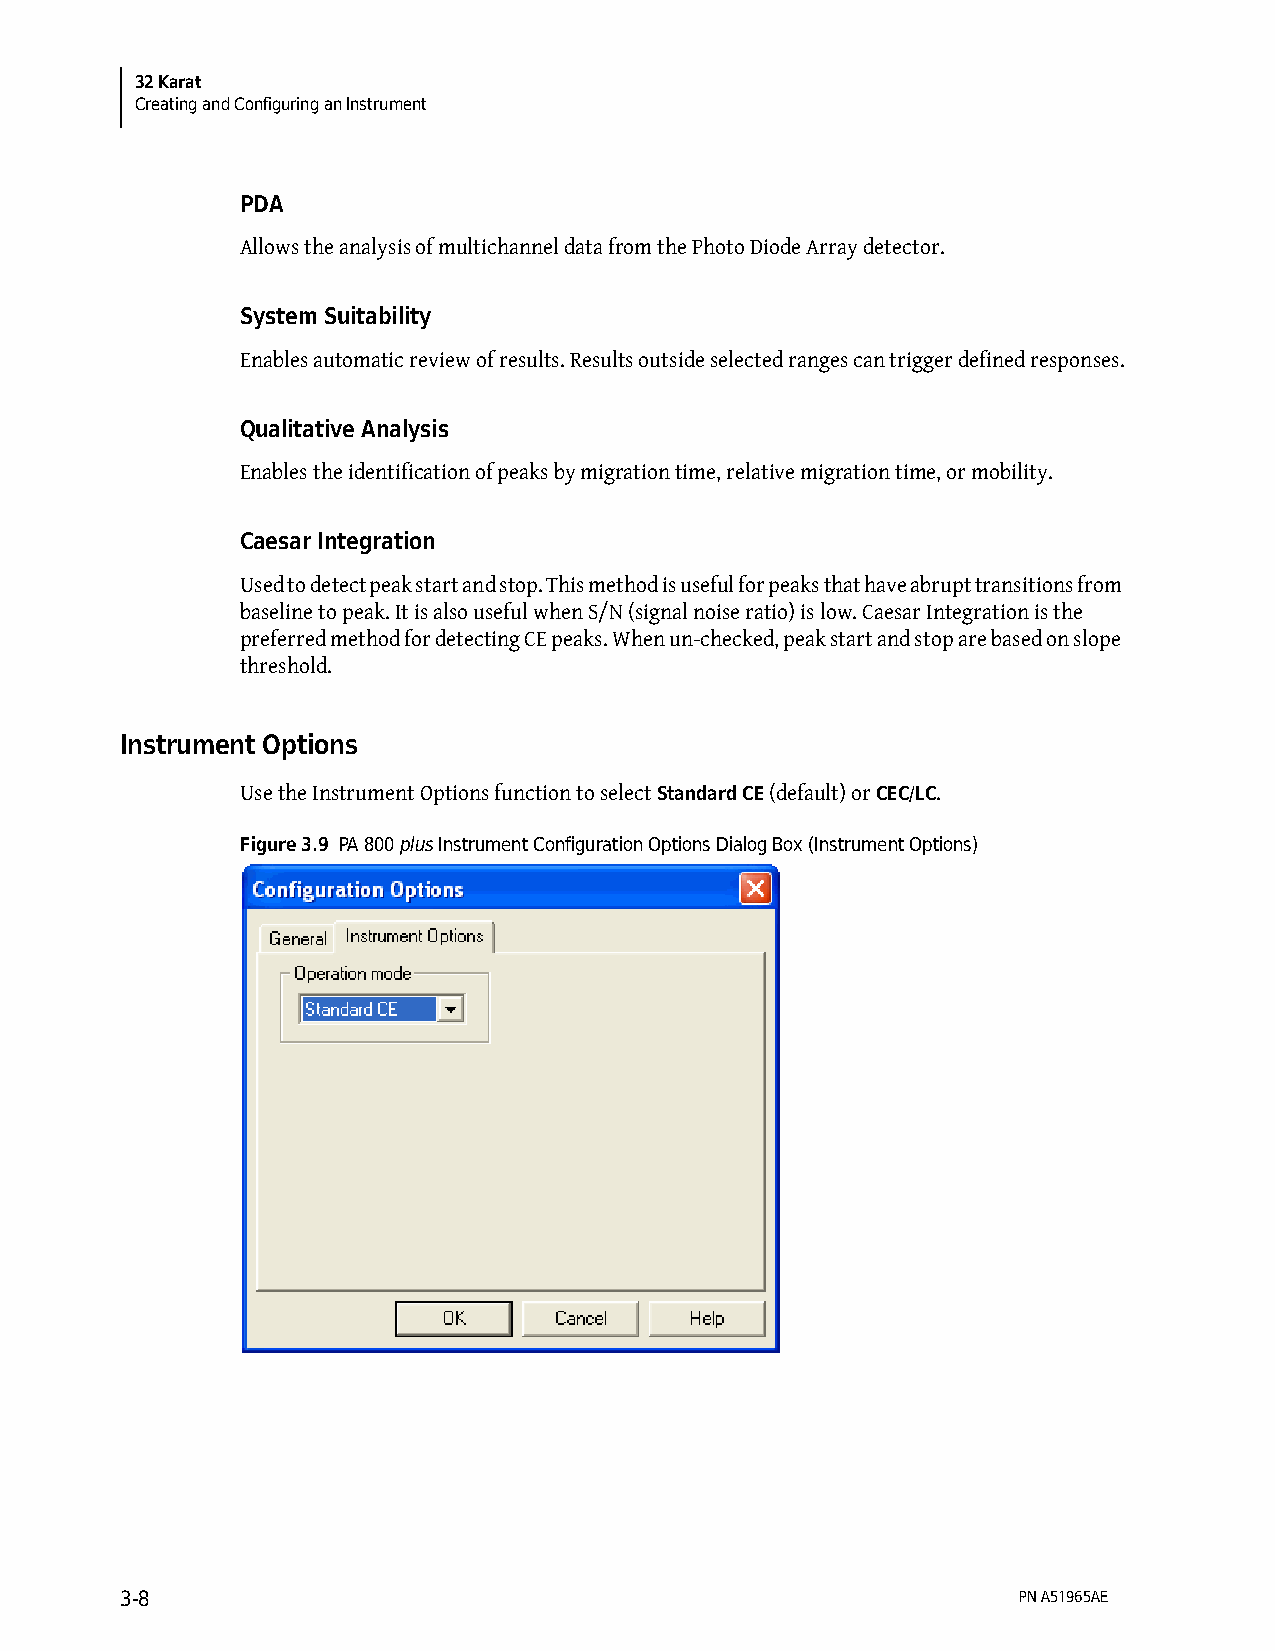
32 Karat
 Creating and Configuring an Instrument
 PDA
 Allows the analysis of multichannel data from the Photo Diode Array detector.
 System Suitability
 Enables automatic review of results. Results outside selected ranges can trigger defined responses.
 Qualitative Analysis
 Enables the identification of peaks by migration time, relative migration time, or mobility.
 Caesar Integration
 Used to detect peak start and stop. This method is useful for peaks that have abrupt transitions from
 baseline to peak. It is also useful when S/N (signal noise ratio) is low. Caesar Integration is the
 preferred method for detecting CE peaks. When un-checked, peak start and stop are based on slope
 threshold.
 Instrument Options
 Use the Instrument Options function to select Standard CE (default) or CEC/LC.
 Figure 3.9 PA 800 plus Instrument Configuration Options Dialog Box (Instrument Options)
 3-8                                                        PN A51965AE